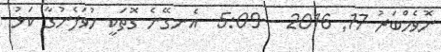
ނޮވެމްބަރު 17